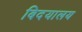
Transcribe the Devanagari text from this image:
बिदयालय